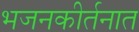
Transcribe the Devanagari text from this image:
भजनकीर्तनात